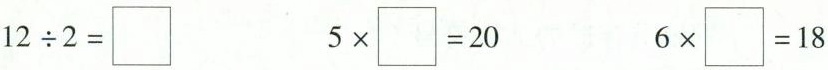
$$1 2 \div 2 = \Box$$ $$5 \times \Box = 2 0$$ $$6 \times \Box = 1 8$$